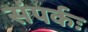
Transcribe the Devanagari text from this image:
संपर्कः